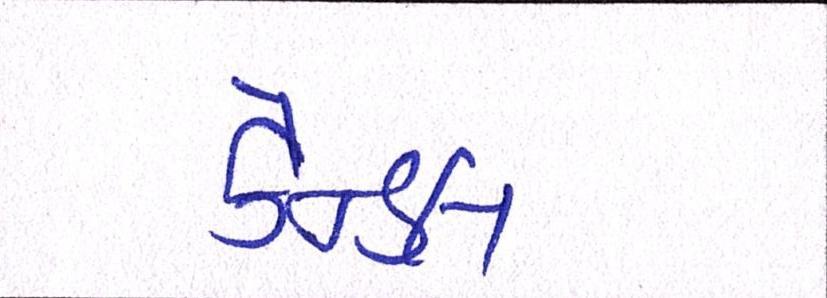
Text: કેન્ડલ